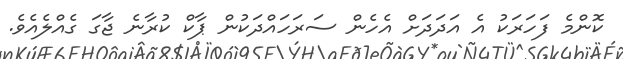
ކޮންމެ ފަހަރަކު އެ އަދަދަށް އެހެން ސަރަހައްދަކުން ޕާކް ކުރާނެ ޖާގަ ގެއްލެއެވެ.